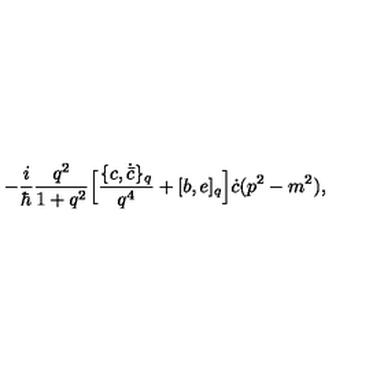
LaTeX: - \frac { i } { \hbar } \frac { q ^ { 2 } } { 1 + q ^ { 2 } } \Bigl [ \frac { \{ c , \dot { \bar { c } } \} _ { q } } { q ^ { 4 } } + [ b , e ] _ { q } \Bigr ] \dot { c } ( p ^ { 2 } - m ^ { 2 } ) ,